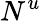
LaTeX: N^{u}